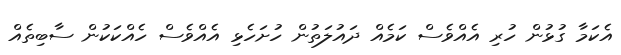
އެކަމާ ގުޅުން ހުރި އެއްވެސް ކަމެއް ދައުލަތުން ހުށަހެޅި އެއްވެސް ހެއްކަކުން ސާބިތެއް